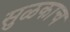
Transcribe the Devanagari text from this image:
सुळकाच